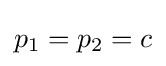
p_{1}=p_{2}=c